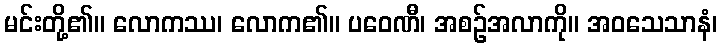
မင်းတို့၏။ လောကဿ၊ လောက၏။ ပဝေဏီ၊ အစဉ်အလာကို။ အဝသေသာနံ၊